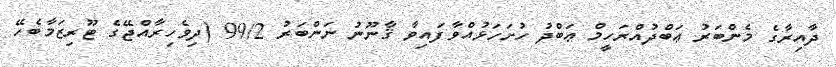
ދާއިރާގެ މެންބަރު ޢަބްދުއްރަހީމް ޢަބްދު ހުށަހަޅުއްވާފައިވާ ޤާނޫނު ނަންބަރު 99/2 (ދިވެހިރާއްޖޭގެ ޓޫރިޒަމާބެހޭ